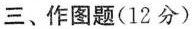
三、作图题(12分)